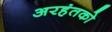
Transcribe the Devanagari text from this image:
अरहंतको